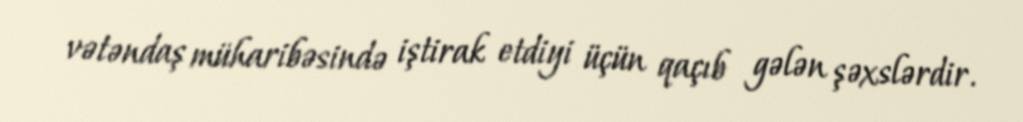
vətəndaş müharibəsində iştirak etdiyi üçün qaçıb gələn şəxslərdir.